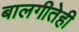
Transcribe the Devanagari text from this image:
बालगीतेही